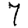
Digit: 7